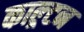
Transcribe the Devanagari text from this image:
काल्र्टन